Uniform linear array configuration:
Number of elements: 8
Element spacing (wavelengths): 0.25
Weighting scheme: hann
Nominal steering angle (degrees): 45
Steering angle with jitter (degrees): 43.43
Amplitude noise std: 0.05
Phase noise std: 0.05

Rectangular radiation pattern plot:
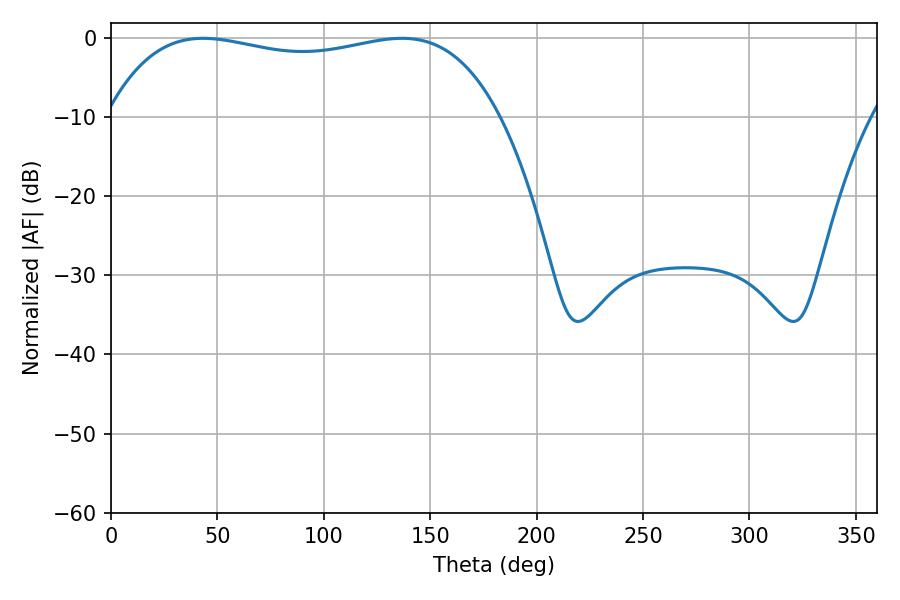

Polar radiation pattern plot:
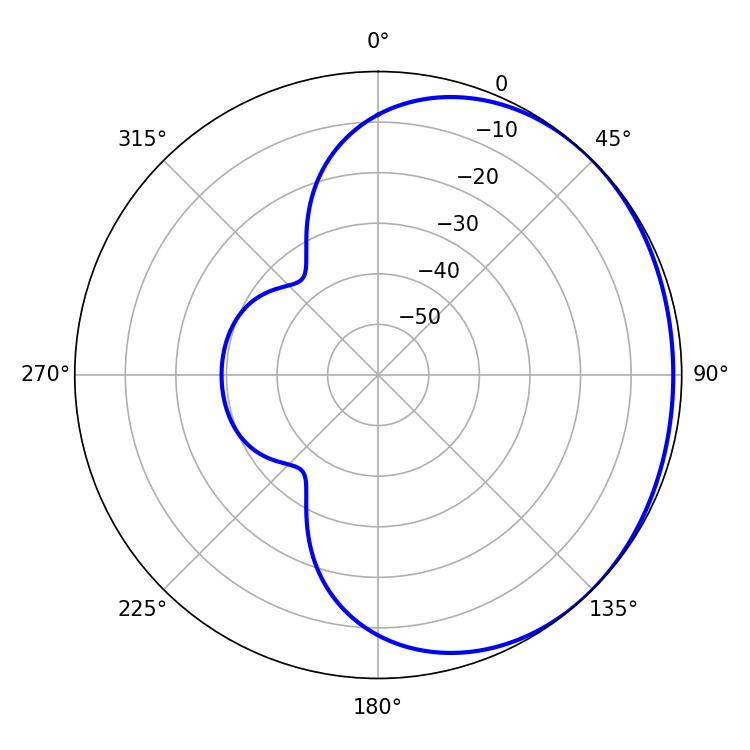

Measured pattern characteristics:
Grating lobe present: FALSE
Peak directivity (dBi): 0.9346
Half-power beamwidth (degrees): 149.04
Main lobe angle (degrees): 43.2